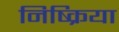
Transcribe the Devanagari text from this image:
निष्‍क्रिया